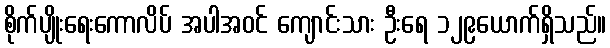
စိုက်ပျိုးရေးကောလိပ် အပါအဝင် ကျောင်းသား ဦးရေ ၁၂၉ယောက်ရှိသည်။